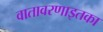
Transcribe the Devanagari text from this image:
वातावरणाइतका